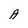
Character: A